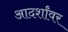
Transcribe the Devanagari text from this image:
आदर्शांवर